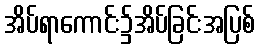
အိပ်ရာကောင်း၌အိပ်ခြင်းအပြစ်